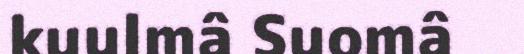
kuulmâ Suomâ